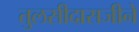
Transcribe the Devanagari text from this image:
तुलसीदासजीने